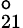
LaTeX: _{21}^{\mathsf{o}}